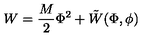
W = \frac { M } { 2 } \Phi ^ { 2 } + \tilde { W } ( \Phi , \phi )